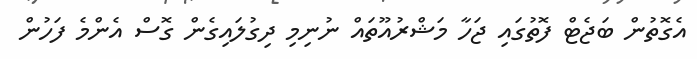
އެގޮތުން ބަޖެޓް ފޮތުގައި ޖަހާ މަޝްރުއޫތައް ނުނިމި ދިގުލައިގެން ގޮސް އެންމެ ފަހުން